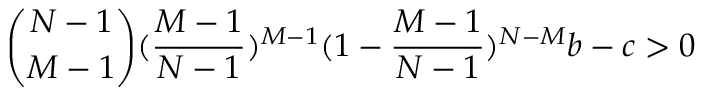
\binom { N - 1 } { M - 1 } ( \frac { M - 1 } { N - 1 } ) ^ { M - 1 } ( 1 - \frac { M - 1 } { N - 1 } ) ^ { N - M } b - c > 0